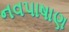
નવપાષાણ